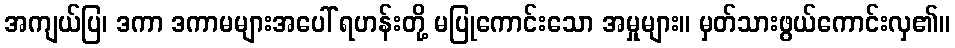
အကျယ်ပြ၊ ဒကာ ဒကာမများအပေါ် ရဟန်းတို့ မပြုကောင်းသော အမှုများ။ မှတ်သားဖွယ်ကောင်းလှ၏။